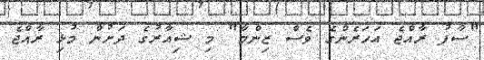
"ސާފު ރާއްޖެ އަހަރެންގެ ވެސް ޒިންމާ" މި ޝިއާރުގެ ދަށުން މުޅި ރާއްޖެ